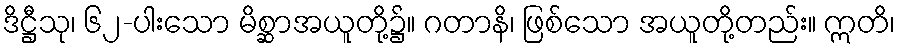
ဒိဋ္ဌီသု၊ ၆၂-ပါးသော မိစ္ဆာအယူတို့၌။ ဂတာနိ၊ ဖြစ်သော အယူတို့တည်း။ ဣတိ၊